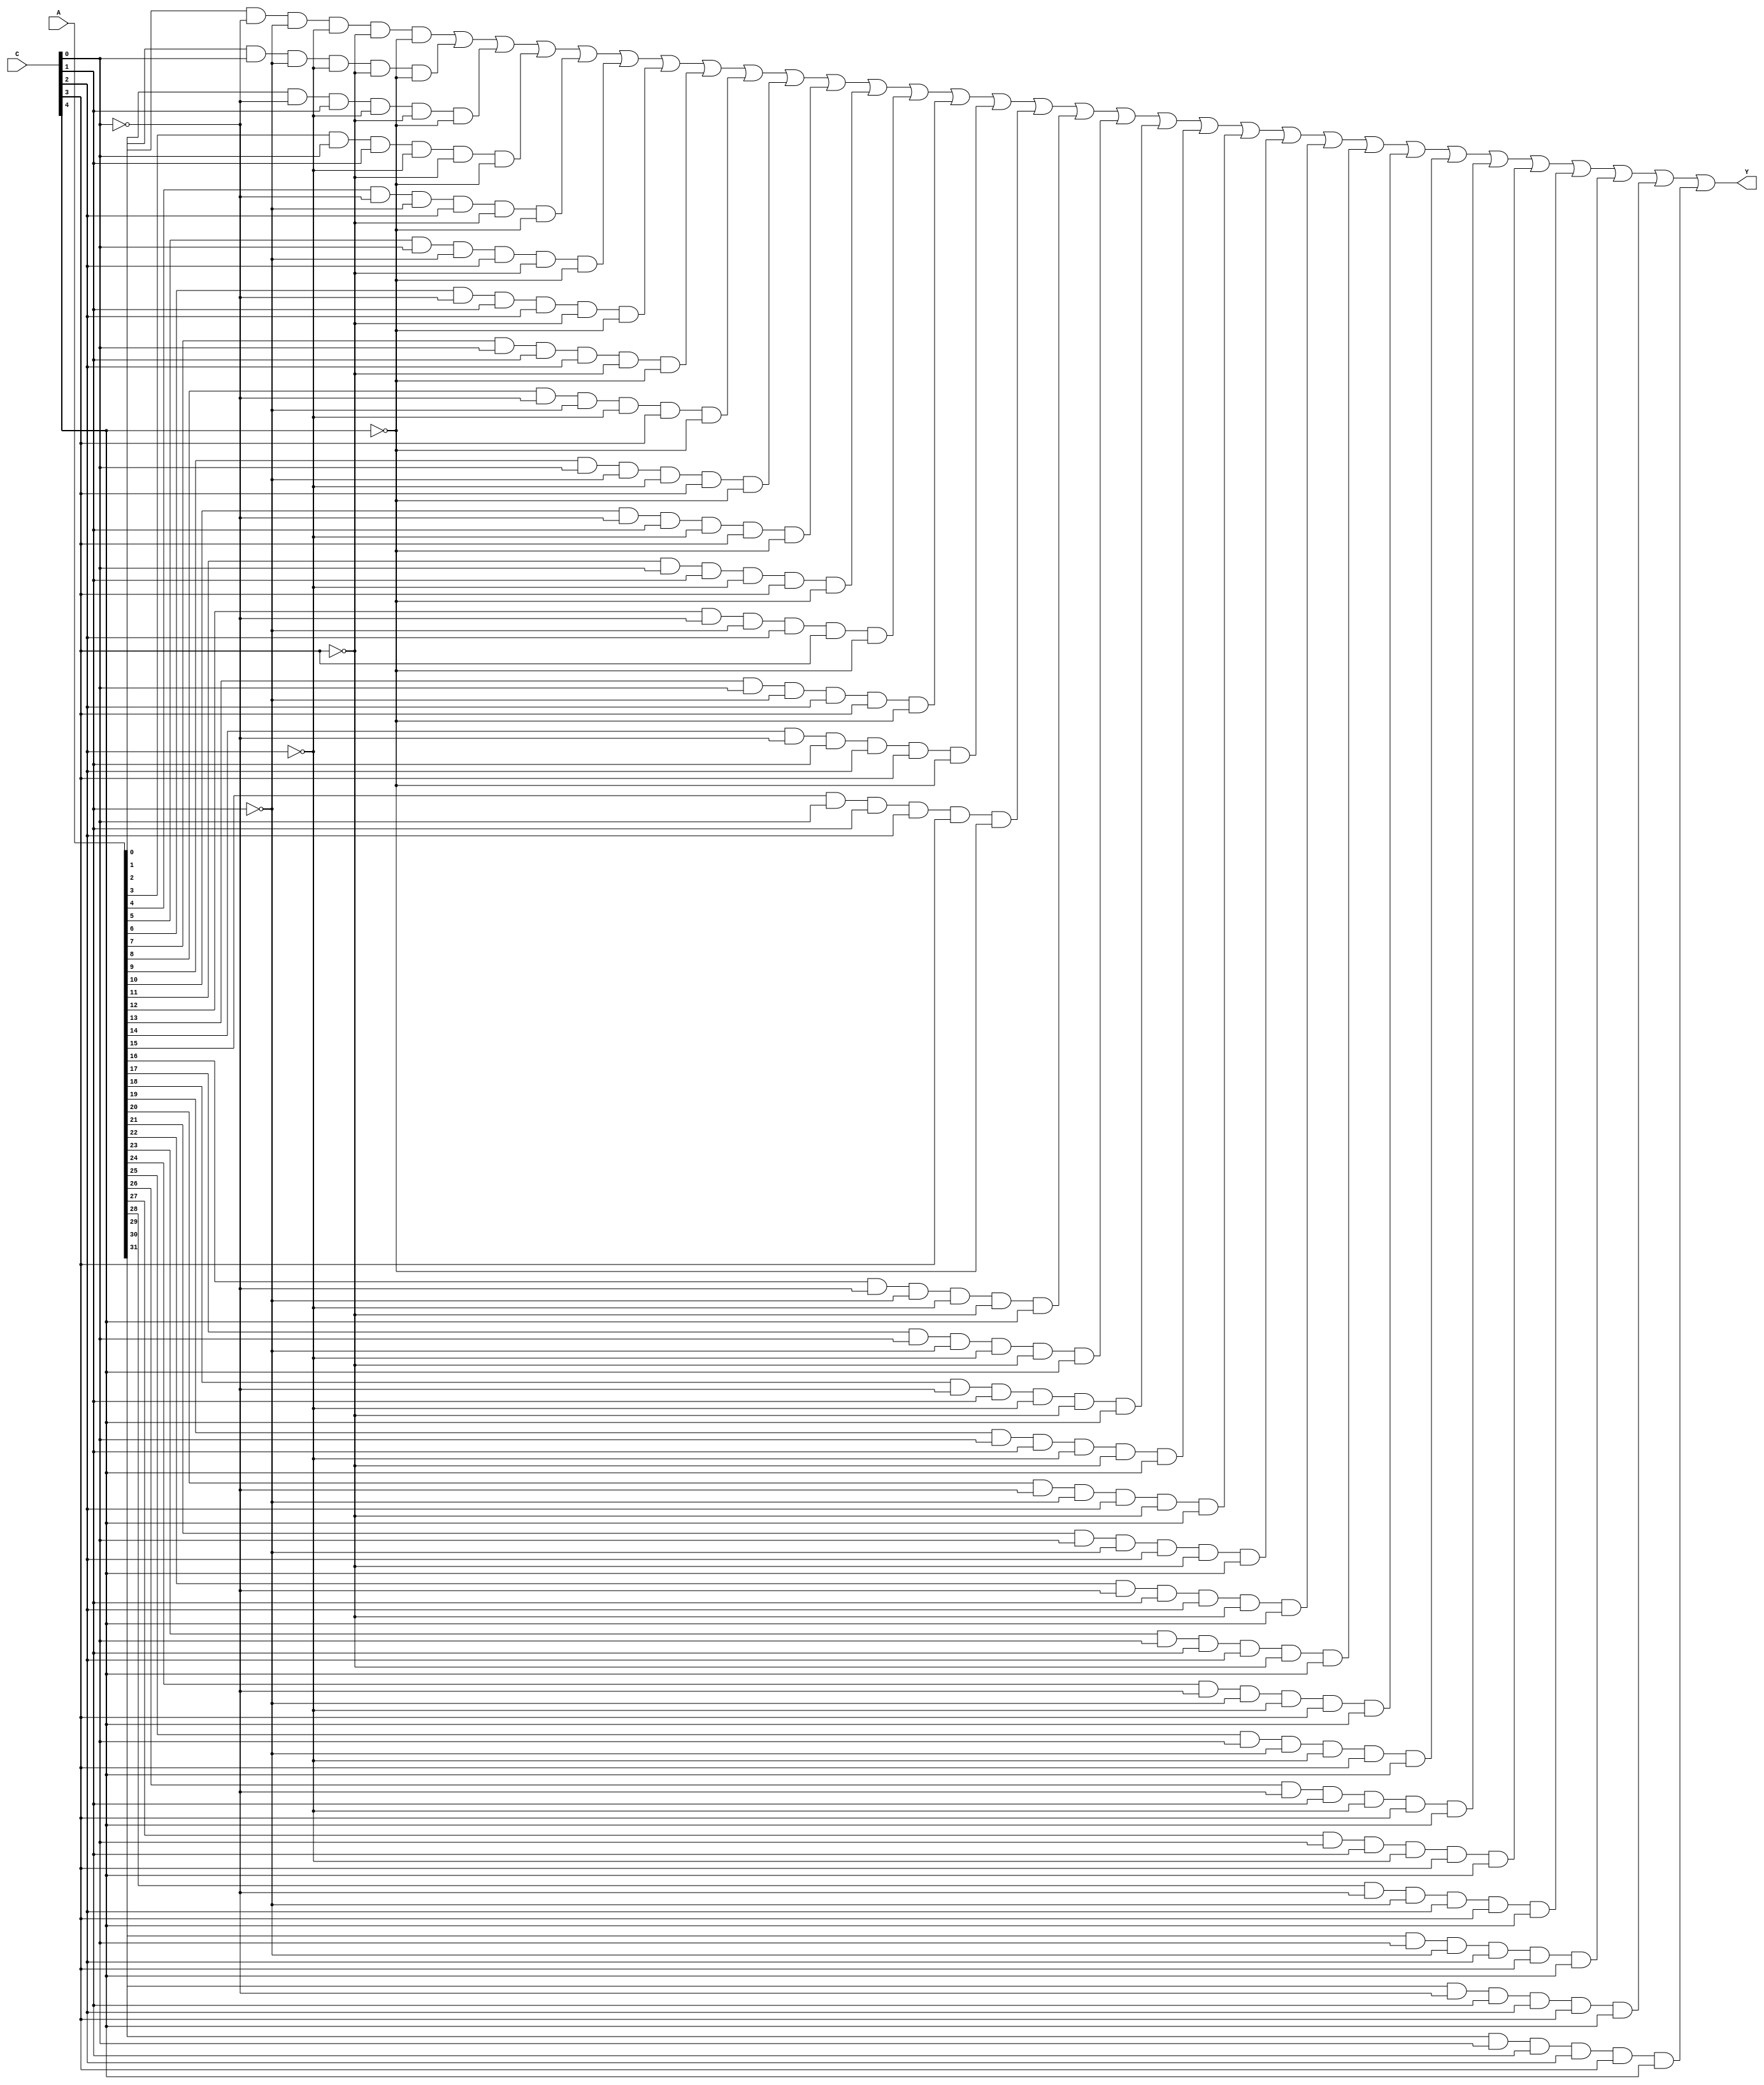
`timescale 1ns / 1ps
//////////////////////////////////////////////////////////////////////////////////
// Company: 
// Engineer: 
// 
// Design Name: 
// Module Name: mux32to1
// Project Name: 
// Target Devices: 
// Tool Versions: 
// Description: 
// 
// Dependencies: 
// 
// Revision:
// Revision 0.01 - File Created
// Additional Comments:
// 
//////////////////////////////////////////////////////////////////////////////////


module mux32to1(
    output Y,
    input [31:0] A,
    input [4:0] C
    );
    wire [31:0] Y1;
    assign #1 Y1[0]=A[0]&~C[0]&~C[1]&~C[2]&~C[3]&~C[4];
    assign #1 Y1[1]=A[1]&C[0]&~C[1]&~C[2]&~C[3]&~C[4];
    assign #1 Y1[2]=A[2]&~C[0]&C[1]&~C[2]&~C[3]&~C[4];
    assign #1 Y1[3]=A[3]&C[0]&C[1]&~C[2]&~C[3]&~C[4];
    assign #1 Y1[4]=A[4]&~C[0]&~C[1]&C[2]&~C[3]&~C[4];
    assign #1 Y1[5]=A[5]&C[0]&~C[1]&C[2]&~C[3]&~C[4];
    assign #1 Y1[6]=A[6]&~C[0]&C[1]&C[2]&~C[3]&~C[4];
    assign #1 Y1[7]=A[7]&C[0]&C[1]&C[2]&~C[3]&~C[4];
    assign #1 Y1[8]=A[8]&~C[0]&~C[1]&~C[2]&C[3]&~C[4];
    assign #1 Y1[9]=A[9]&C[0]&~C[1]&~C[2]&C[3]&~C[4];
    assign #1 Y1[10]=A[10]&~C[0]&C[1]&~C[2]&C[3]&~C[4];
    assign #1 Y1[11]=A[11]&C[0]&C[1]&~C[2]&C[3]&~C[4];
    assign #1 Y1[12]=A[12]&~C[0]&~C[1]&C[2]&C[3]&~C[4];
    assign #1 Y1[13]=A[13]&C[0]&~C[1]&C[2]&C[3]&~C[4];
    assign #1 Y1[14]=A[14]&~C[0]&C[1]&C[2]&C[3]&~C[4];
    assign #1 Y1[15]=A[15]&C[0]&C[1]&C[2]&C[3]&~C[4];
    assign #1 Y1[16]=A[16]&~C[0]&~C[1]&~C[2]&~C[3]&C[4];
    assign #1 Y1[17]=A[17]&C[0]&~C[1]&~C[2]&~C[3]&C[4];
    assign #1 Y1[18]=A[18]&~C[0]&C[1]&~C[2]&~C[3]&C[4];
    assign #1 Y1[19]=A[19]&C[0]&C[1]&~C[2]&~C[3]&C[4];
    assign #1 Y1[20]=A[20]&~C[0]&~C[1]&C[2]&~C[3]&C[4];
    assign #1 Y1[21]=A[21]&C[0]&~C[1]&C[2]&~C[3]&C[4];
    assign #1 Y1[22]=A[22]&~C[0]&C[1]&C[2]&~C[3]&C[4];
    assign #1 Y1[23]=A[23]&C[0]&C[1]&C[2]&~C[3]&C[4];
    assign #1 Y1[24]=A[24]&~C[0]&~C[1]&~C[2]&C[3]&C[4];
    assign #1 Y1[25]=A[25]&C[0]&~C[1]&~C[2]&C[3]&C[4];
    assign #1 Y1[26]=A[26]&~C[0]&C[1]&~C[2]&C[3]&C[4];
    assign #1 Y1[27]=A[27]&C[0]&C[1]&~C[2]&C[3]&C[4];
    assign #1 Y1[28]=A[28]&~C[0]&~C[1]&C[2]&C[3]&C[4];
    assign #1 Y1[29]=A[29]&C[0]&~C[1]&C[2]&C[3]&C[4];
    assign #1 Y1[30]=A[30]&~C[0]&C[1]&C[2]&C[3]&C[4];
    assign #1 Y1[31]=A[31]&C[0]&C[1]&C[2]&C[3]&C[4];
    assign #1 Y=Y1[0]|Y1[1]|Y1[2]|Y1[3]|Y1[4]|Y1[5]|Y1[6]|Y1[7]|Y1[8]|Y1[9]|Y1[10]|Y1[11]|Y1[12]|Y1[13]|Y1[14]|Y1[15]|Y1[16]|Y1[17]|Y1[18]|Y1[19]|Y1[20]|Y1[21]|Y1[22]|Y1[23]|Y1[24]|Y1[25]|Y1[26]|Y1[27]|Y1[28]|Y1[29]|Y1[30]|Y1[31];
endmodule